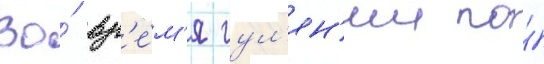
Во́ вр'е́м'я гул'ян'ии по́